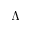
\Lambda _ { - }